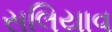
સલિયાવ